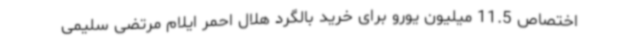
اختصاص 11.5 میلیون یورو برای خرید بالگرد هلال احمر ایلام مرتضی سلیمی